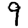
Digit: 9